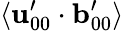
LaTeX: \langle\mathbf{u}_{00}^{\prime}\cdot\mathbf{b}_{00}^{\prime}\rangle